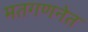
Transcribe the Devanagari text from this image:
मतगणनेत